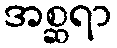
အစ္ဆရာ